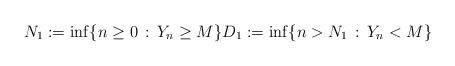
LaTeX: \begin{align*}N_1 := \inf\{n \geq 0 \, : \, Y_n \geq M\} D_1 := \inf\{n > N_1 \, : \, Y_n < M\}\end{align*}